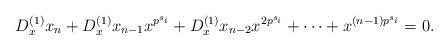
LaTeX: \begin{align*}D_x^{(1)}x_n+D_x^{(1)}x_{n-1}x^{p^{s_i}}+D_x^{(1)}x_{n-2}x^{2p^{s_i}}+\cdots+x^{(n-1)p^{s_i}}=0.\end{align*}